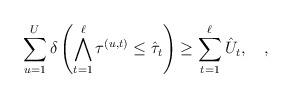
LaTeX: \begin{align*}\sum_{u = 1}^U \delta\left(\bigwedge_{t = 1}^\ell \tau_{}^{(u,t)} \leq \Hat{\tau}_t \right) \geq \sum_{t=1}^\ell\Hat{U}_t, \quad, \end{align*}